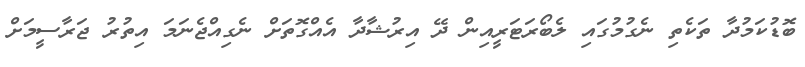
ބޮޑުކަމުދާ ތަކެތި ނެގުމުގައި ލެބޯރަޓަރީއިން ދޭ އިރުޝާދާ އެއްގޮތަށް ނެގިއްޖެނަމަ އިތުރު ޖަރާސީމަށް